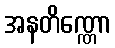
အနတိဏ္ဏော